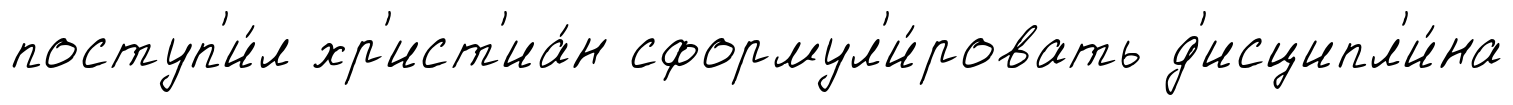
поступ'и́л хр'ист'иа́н сформул'и́ровать д'исципл'и́на